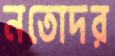
নতোদর